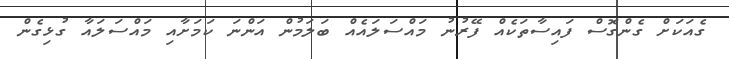
ގެއަކަށް ގެންގޮސް ފައިސާތަކެއް ފޭރުނު މައްސަލައެއް ބަލަމުން އަންނަ ކަމަށާއި މައްސަލައާ ގުޅިގެން